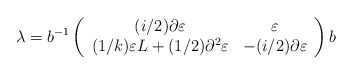
\begin{align*}\lambda = b^{-1}\left( \begin{array}{cc} (i/2) \partial \varepsilon & \varepsilon \\ (1/k)\varepsilon L + (1/2)\partial^2\varepsilon & -(i/2) \partial\varepsilon \end{array} \right)b\end{align*}